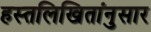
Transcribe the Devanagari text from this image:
हस्तलिखितांनुसार